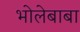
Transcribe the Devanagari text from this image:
भोलेबाबा